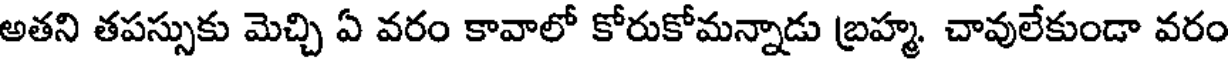
అతని తపస్సుకు మెచ్చి ఏ వరం కావాలో కోరుకోమన్నాడు బ్రహ్మ. చావులేకుండా వరం